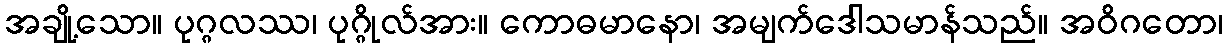
အချို့သော။ ပုဂ္ဂလဿ၊ ပုဂ္ဂိုလ်အား။ ကောဓမာနော၊ အမျက်ဒေါသမာန်သည်။ အဝိဂတော၊